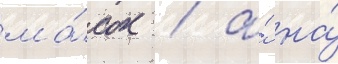
ма́сок / а́ на́